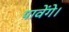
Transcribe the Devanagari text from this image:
पावेंगे।